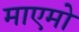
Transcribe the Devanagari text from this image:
माएमो